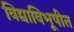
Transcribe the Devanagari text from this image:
विद्याविभूषीत